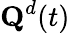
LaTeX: \textbf{Q}^{d}(t)